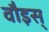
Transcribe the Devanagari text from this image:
वौइस्